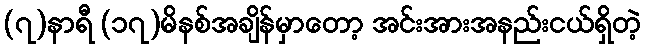
(၇)နာရီ (၁၇)မိနစ်အချိန်မှာတော့ အင်းအားအနည်းငယ်ရှိတဲ့